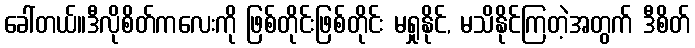
ခေါ်တယ်။ဒီလိုစိတ်ကလေးကို ဖြစ်တိုင်းဖြစ်တိုင်း မရှုနိုင်, မသိနိုင်ကြတဲ့အတွက် ဒီစိတ်